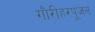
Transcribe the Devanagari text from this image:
गौरीहरपूजन